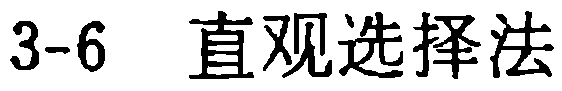
3-6 \quad 直观选择法